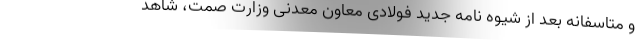
و متاسفانه بعد از شیوه نامه جدید فولادی معاون معدنی وزارت صمت، شاهد